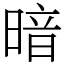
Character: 暗